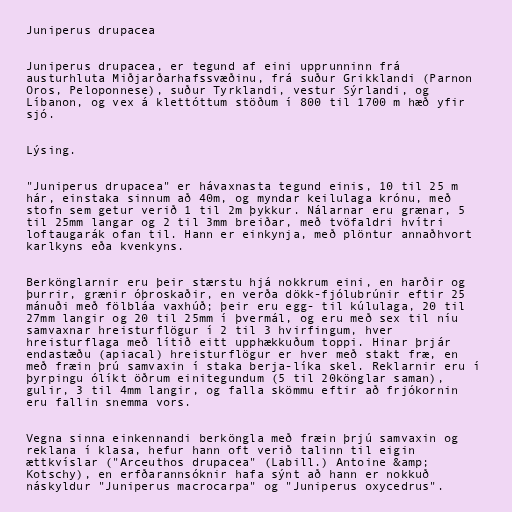
Juniperus drupacea

Juniperus drupacea, er tegund af eini upprunninn frá
austurhluta Miðjarðarhafssvæðinu, frá suður Grikklandi (Parnon
Oros, Peloponnese), suður Tyrklandi, vestur Sýrlandi, og
Líbanon, og vex á klettóttum stöðum í 800 til 1700 m hæð yfir
sjó.

Lýsing.

"Juniperus drupacea" er hávaxnasta tegund einis, 10 til 25 m
hár, einstaka sinnum að 40m, og myndar keilulaga krónu, með
stofn sem getur verið 1 til 2m þykkur. Nálarnar eru grænar, 5
til 25mm langar og 2 til 3mm breiðar, með tvöfaldri hvítri
loftaugarák ofan til. Hann er einkynja, með plöntur annaðhvort
karlkyns eða kvenkyns.

Berkönglarnir eru þeir stærstu hjá nokkrum eini, en harðir og
þurrir, grænir óþroskaðir, en verða dökk-fjólubrúnir eftir 25
mánuði með fölbláa vaxhúð; þeir eru egg- til kúlulaga, 20 til
27mm langir og 20 til 25mm í þvermál, og eru með sex til níu
samvaxnar hreisturflögur í 2 til 3 hvirfingum, hver
hreisturflaga með lítið eitt upphækkuðum toppi. Hinar þrjár
endastæðu (apiacal) hreisturflögur er hver með stakt fræ, en
með fræin þrú samvaxin í staka berja-líka skel. Reklarnir eru í
þyrpingu ólíkt öðrum einitegundum (5 til 20könglar saman),
gulir, 3 til 4mm langir, og falla skömmu eftir að frjókornin
eru fallin snemma vors.

Vegna sinna einkennandi berköngla með fræin þrjú samvaxin og
reklana í klasa, hefur hann oft verið talinn til eigin
ættkvíslar ("Arceuthos drupacea" (Labill.) Antoine &amp;
Kotschy), en erfðarannsóknir hafa sýnt að hann er nokkuð
náskyldur "Juniperus macrocarpa" og "Juniperus oxycedrus".